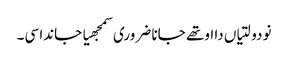
نو دولتیاں دا اوتھے جانا ضروری سمجھیا جاندا سی۔